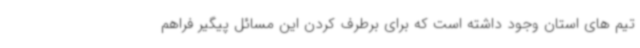
تیم های استان وجود داشته است که برای برطرف کردن این مسائل پیگیر فراهم